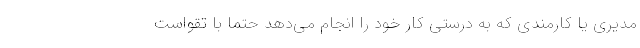
مدیری یا کارمندی که به درستی کار خود را انجام می‌دهد حتما با تقواست